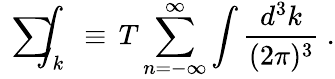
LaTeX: \mathrm{~\sum~}\! \! \! \! \! \! \! \int_{k}~\equiv\, T\sum_{n=-\infty}^{\infty}\int{\frac{d^{3}k}{(2\pi)^{3}}}~.